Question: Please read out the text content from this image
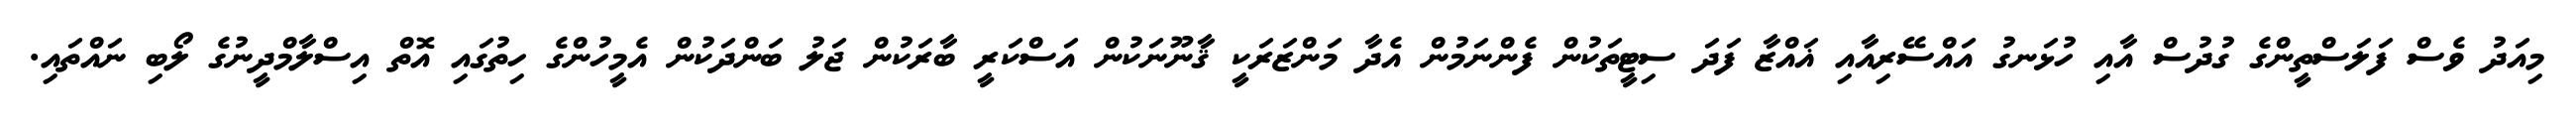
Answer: މިއަދު ވެސް ފަލަސްތީންގެ ގުދުސް އާއި ހުޅަނގު އައްސޭރިއާއި ޣައްޒާ ފަދަ ސިޓީތަކުން ފެންނަމުން އެދާ މަންޒަރަކީ ޤާނޫނަކުން އަސްކަރީ ބާރަކުން ޖަލު ބަންދަކުން އެމީހުންގެ ހިތުގައި އޮތް އިސްލާމްދީނުގެ ލޯބި ނައްތައި.